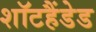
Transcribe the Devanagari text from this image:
शॉटहैंडेड